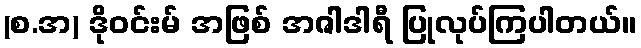
(စ.အ) ဒိုဝင်းမ် အဖြစ် အဇါဒါရီ ပြုလုပ်ကြပါတယ်။